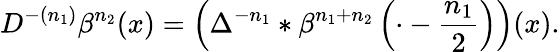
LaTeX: D^{-(n_{1})}\beta^{n_{2}}(x)=\left(\Delta^{-n_{1}}*\beta^{n_{1}+n_{2}}\left(\cdot-\frac{n_{1}}{2}\right)\right)(x).